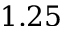
1 . 2 5